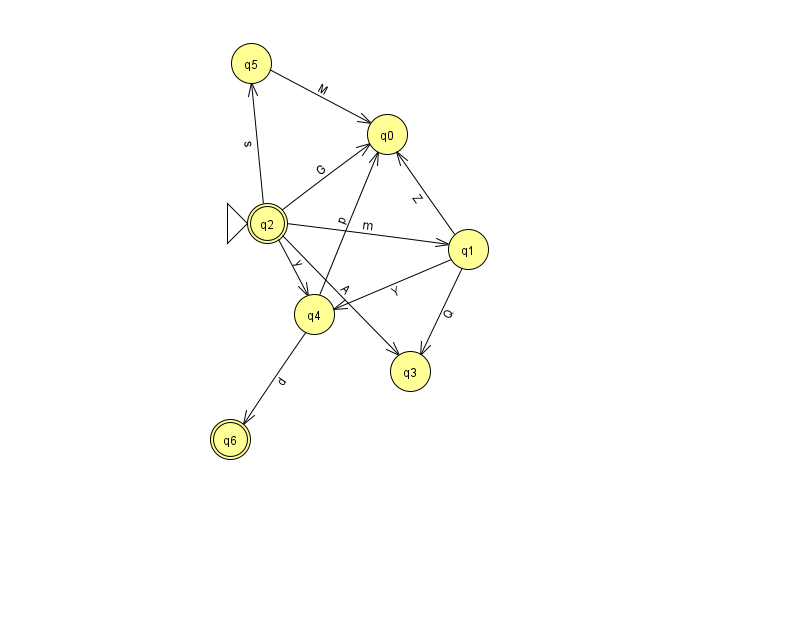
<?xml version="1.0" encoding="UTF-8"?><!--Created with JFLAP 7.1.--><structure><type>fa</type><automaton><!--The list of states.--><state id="0" name="q0"><x>387.0</x><y>121.0</y></state><state id="1" name="q1"><x>468.0</x><y>236.0</y></state><state id="2" name="q2"><x>267.0</x><y>210.0</y><initial/><final/></state><state id="3" name="q3"><x>410.0</x><y>358.0</y></state><state id="4" name="q4"><x>314.0</x><y>301.0</y></state><state id="5" name="q5"><x>251.0</x><y>50.0</y></state><state id="6" name="q6"><x>230.0</x><y>426.0</y><final/></state><!--The list of transitions.--><transition><from>2</from><to>4</to><read>y</read></transition><transition><from>1</from><to>0</to><read>Z</read></transition><transition><from>1</from><to>4</to><read>Y</read></transition><transition><from>4</from><to>6</to><read>d</read></transition><transition><from>2</from><to>5</to><read>s</read></transition><transition><from>4</from><to>0</to><read>p</read></transition><transition><from>5</from><to>0</to><read>M</read></transition><transition><from>2</from><to>0</to><read>G</read></transition><transition><from>2</from><to>1</to><read>m</read></transition><transition><from>1</from><to>3</to><read>Q</read></transition><transition><from>2</from><to>3</to><read>A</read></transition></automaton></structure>